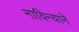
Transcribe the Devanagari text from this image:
नाविन्याने